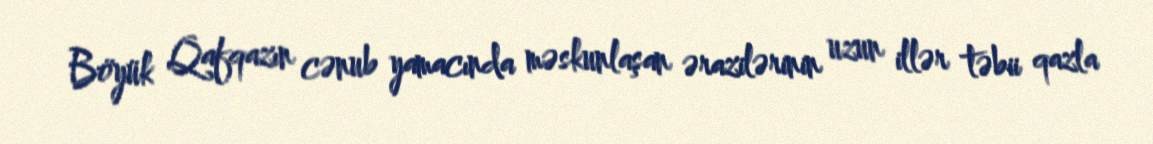
Böyük Qafqazın cənub yamacında məskunlaşan ərazilərinin uzun illər təbii qazla